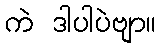
ကဲ ဒါပါပဲဗျာ။